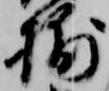
捕